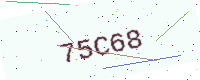
Text: 75C68